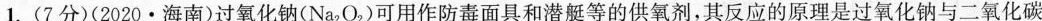
1.(7分)(2020•海南)过氧化钠(Na_{2}O_{2})可用作防毒面具和潜艇等的供氧剂，其反应的原理是过氧化钠与二氧化碳